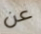
عن